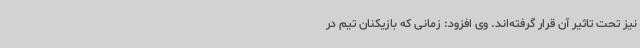
نیز تحت تاثیر آن قرار گرفته‌اند. وی افزود: زمانی که بازیکنان تیم در